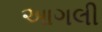
આગલી